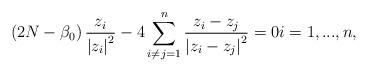
LaTeX: \begin{align*}\left(2N-\beta_0\right)\frac{z_i}{\left|z_i\right|^{2}}-4\sum^{n}_{i\neq j=1}\frac{z_i-z_j}{\left|z_i-z_j\right|^{2}}=0i=1,...,n,\end{align*}